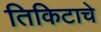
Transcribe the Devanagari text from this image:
तिकिटाचे